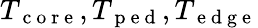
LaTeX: T_{\mathrm{~c~o~r~e~}},T_{\mathrm{~p~e~d~}},T_{\mathrm{~e~d~g~e~}}